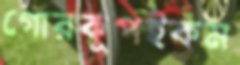
গোরকূপইকম